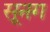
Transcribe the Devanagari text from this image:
सूनग